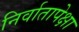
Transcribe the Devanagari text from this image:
निर्वातापेक्षा